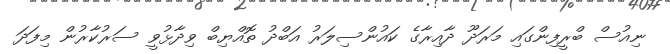
ނިއުސް ބްރީފިންގައި މަރަދޫ ދާއިރާގެ ކައުންސިލަރު އަބްދު ތޮއްޔިބް ވިދާޅުވީ ސަރުކާރުން މިފަދަ